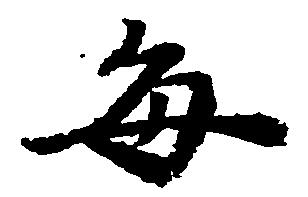
毎